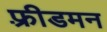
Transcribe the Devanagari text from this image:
फ़्रीडमन